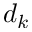
d _ { k }